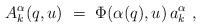
LaTeX: \begin{align*} A_k^\alpha(q,u)~=~\Phi(\alpha(q),u) \, a_k^\alpha~,\end{align*}